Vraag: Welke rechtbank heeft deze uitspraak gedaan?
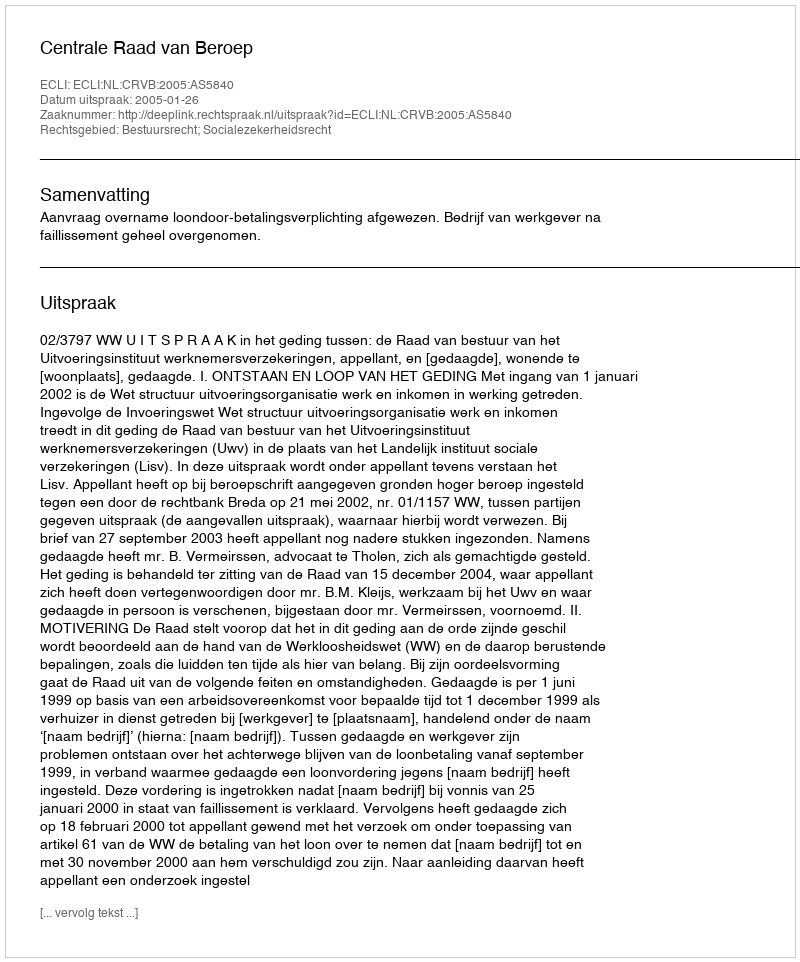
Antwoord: Centrale Raad van Beroep